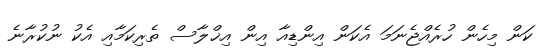
ކަން މިހެން ހުރެއްޖެނަމަ އެކަން އިންޑިއާ އިން އިޚްލާސް ތެރިކަމާއި އެކު ނުކުރާނެ